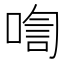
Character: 𪡡